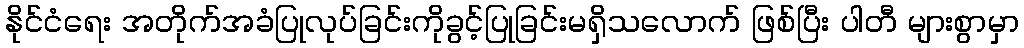
နိုင်ငံရေး အတိုက်အခံပြုလုပ်ခြင်းကိုခွင့်ပြုခြင်းမရှိသလောက် ဖြစ်ပြီး ပါတီ များစွာမှာ